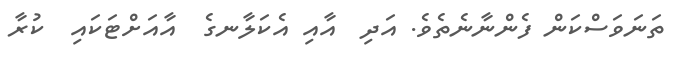
ތަނަވަސްކަން ފެންނާނެތެވެ. އަދި  އާއި އެކަލާނގެ  އާއަށްޓަކައި  ކުރާ